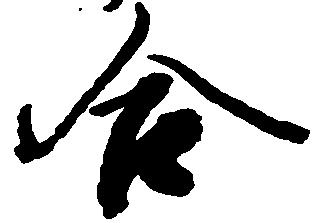
合